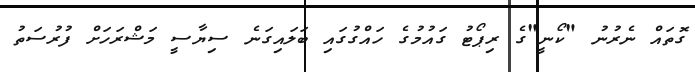
ގޮތައް ނެރުނު "ކޯނީ"ގެ ރިޕޯޓު ގައުމުގެ ހައްގުގައި ބަލައިގަނެ ސިޔާސީ މަޝްރަހަށް ފުރުސަތު